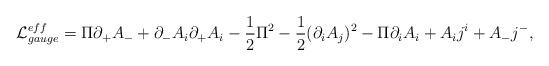
LaTeX: \begin{align*}{\cal L}_{gauge}^{eff} = \Pi \partial_{+} A_{-} + \partial_{-}A_i\partial_{+} A_i - \frac 1 2 \Pi^2 - \frac 1 2 (\partial_iA_j)^2 - \Pi \partial_i A_i + A_i j^i + A_{-}j^{-},\end{align*}